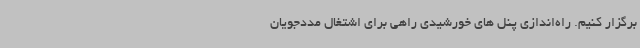
برگزار کنیم. راه‌اندازی پنل های خورشیدی راهی برای اشتغال مددجویان